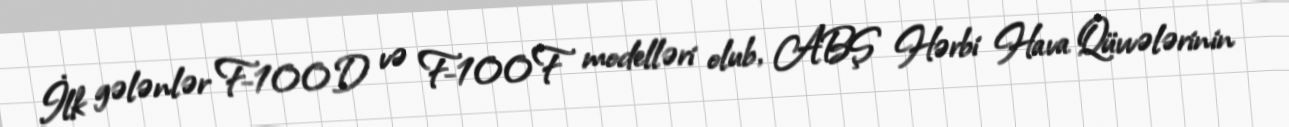
İlk gələnlər F-100D və F-100F modelləri olub, ABŞ Hərbi Hava Qüvvələrinin